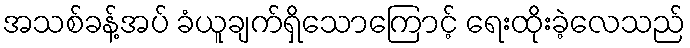
အသစ်ခန့်အပ် ခံယူချက်ရှိသောကြောင့် ရေးထိုးခဲ့လေသည်